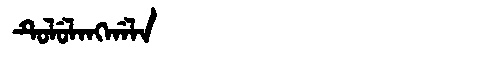
Manchu: ᡨᡠᠯᡠᠯᠠᠩᡤᠠᠯᠠ
Romanization: TULULANGGALA